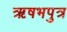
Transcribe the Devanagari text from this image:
ऋषभपुत्र